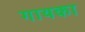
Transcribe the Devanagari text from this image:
गायका